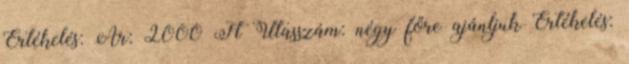
Értékelés: Ár: 2000 Ft Utasszám: négy főre ajánljuk Értékelés: